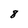
Character: 8